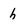
Character: h